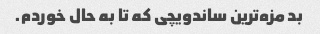
بد مزه‌ترین ساندویچی که تا به حال خوردم.